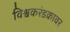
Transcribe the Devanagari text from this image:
विश्वकरंडकावर